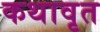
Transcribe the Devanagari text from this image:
कथावृत